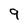
Character: 9